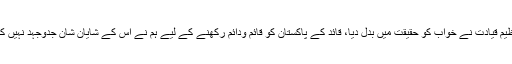
عظیم قیادت نے خواب کو حقیقت میں بدل دیا، قائد کے پاکستان کو قائم ودائم رکھنے کے لیے ہم نے اس کے شایان شان جدوجہد نہیں کی۔